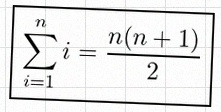
\sum_{i=1}^{n}i=\frac{n(n+1)}2